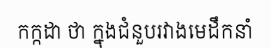
កក្កដា ថា ក្នុងជំនួបរវាងមេដឹកនាំ